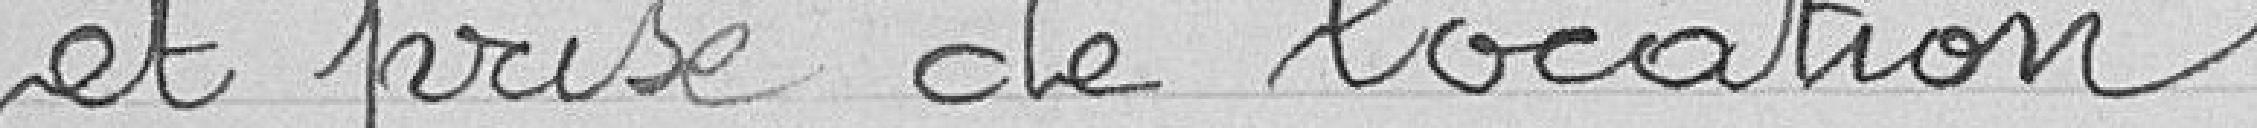
et prix de location